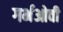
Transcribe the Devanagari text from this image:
गर्भओवी